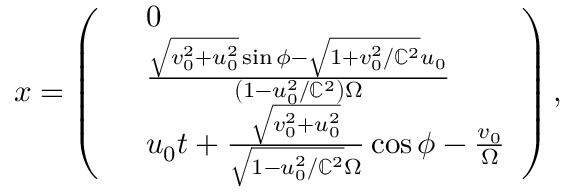
\begin{array} { r } { \boldsymbol { x } = \left( \begin{array} { r l } & { 0 } \\ & { \frac { \sqrt { v _ { 0 } ^ { 2 } + u _ { 0 } ^ { 2 } } \sin \phi - \sqrt { 1 + v _ { 0 } ^ { 2 } / \mathbb { C } ^ { 2 } } u _ { 0 } } { \left( 1 - u _ { 0 } ^ { 2 } / \mathbb { C } ^ { 2 } \right) \Omega } } \\ & { u _ { 0 } t + \frac { \sqrt { v _ { 0 } ^ { 2 } + u _ { 0 } ^ { 2 } } } { \sqrt { 1 - u _ { 0 } ^ { 2 } / \mathbb { C } ^ { 2 } } \Omega } \cos \phi - \frac { v _ { 0 } } { \Omega } } \end{array} \right) , } \end{array}